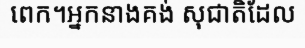
ពេក។អ្នកនាងគង់ សុជាតិដែល